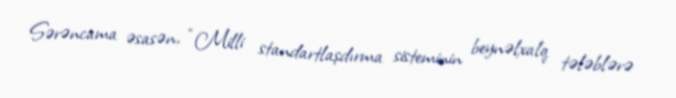
Sərəncama əsasən, “Milli standartlaşdırma sisteminin beynəlxalq tələblərə